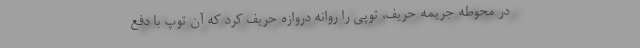
در محوطه جریمه حریف، توپی را روانه دروازه حریف کرد که آن توپ با دفع